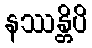
နဿန္တိပိ